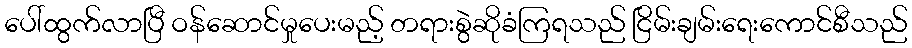
ပေါ်ထွက်လာပြီ ဝန်ဆောင်မှုပေးမည့် တရားစွဲဆိုခံကြရသည် ငြိမ်းချမ်းရေးကောင်စီသည်